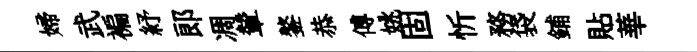
婦武褊紓郎凋輦鏊恭傅姚固忻務袋鋪貼華